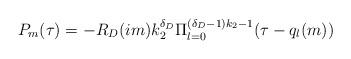
LaTeX: \begin{align*} P_{m}(\tau) = -R_{D}(im)k_{2}^{\delta_D}\Pi_{l=0}^{(\delta_{D}-1)k_{2}-1} (\tau - q_{l}(m)) \end{align*}